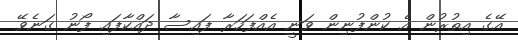
އޭގެ އިތުރުން އެ ކުންފުނިން ވަނީ އެއްފަހަރާ ފައިސާ ދައްކާފައި ފޯނު ގަނެވޭ